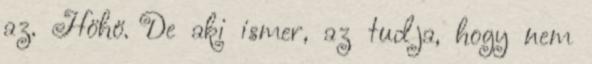
az. Höhö. De aki ismer, az tudja, hogy nem